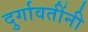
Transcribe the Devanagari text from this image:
दुर्गावतींनी